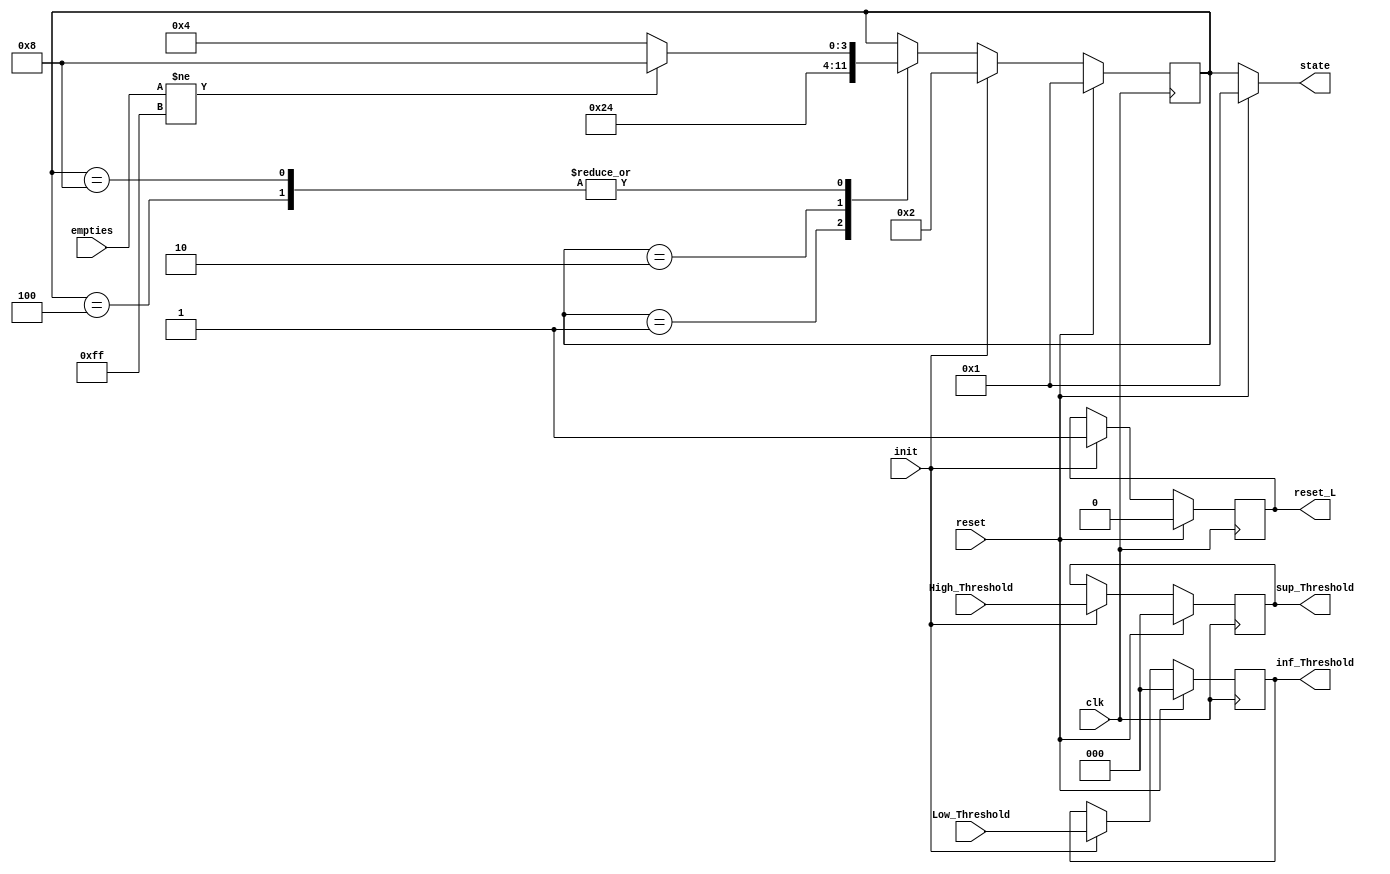
module StateMachine (
    input clk,
    input reset,
    input init,
    input [2:0] High_Threshold, Low_Threshold,
    input [7:0] empties,
    output reg [2:0] sup_Threshold, inf_Threshold,
    output reg [3:0] state,
    output reg reset_L
);
reg [3:0] ProximoEstado, Estado;

parameter [3:0] RESET = 4'b0001;
parameter [3:0] INIT = 4'b0010;
parameter [3:0] IDLE = 4'b0100;
parameter [3:0] ACTIVE = 4'b1000;

always@(posedge clk)begin
    if (reset)begin
        reset_L <= 0;
        Estado <= RESET;
        sup_Threshold<=0;
        inf_Threshold<=0;
    end
    else begin
        if (init)begin
            reset_L <= 1;
            Estado <= INIT;
            sup_Threshold <= High_Threshold;
            inf_Threshold <= Low_Threshold;
        end
        else begin
            Estado <= ProximoEstado;
        end
    end
end

always@(*)begin
    if(reset)begin
        state = RESET;
        ProximoEstado = 0;
    end
    else begin
    state = Estado;
    ProximoEstado = Estado;
    case(Estado)

        RESET: begin
            ProximoEstado = INIT;
        end

        INIT: begin
            ProximoEstado = IDLE;
        end

        IDLE: begin
            if(empties != 8'hFF)begin
                ProximoEstado = ACTIVE;
            end
            else begin
                ProximoEstado = IDLE;
            end
        end

        ACTIVE: begin
            if(empties != 8'hFF)begin
                ProximoEstado = ACTIVE;
            end
            else begin
                ProximoEstado = IDLE;
            end
        end
    endcase

    end
end

endmodule